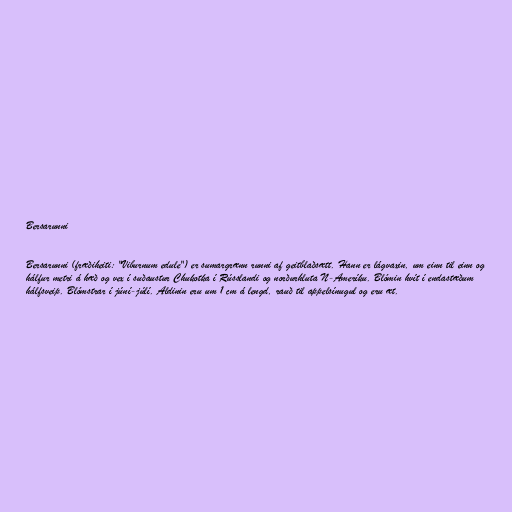
Bersarunni

Bersarunni (fræðiheiti: "Viburnum edule") er sumargrænn runni af geitblaðsætt. Hann er lágvaxin, um einn til einn og
hálfur metri á hæð og vex í suðaustur Chukotka í Rússlandi og norðurhluta N-Ameríku. Blómin hvít í endastæðum
hálfsveip. Blómstrar í júní-júlí. Aldinin eru um 1 cm á lengd, rauð til appelsínugul og eru æt.